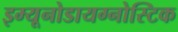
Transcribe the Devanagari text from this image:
इम्यूनोडायग्नोस्टिक